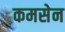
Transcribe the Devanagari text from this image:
कमसेन